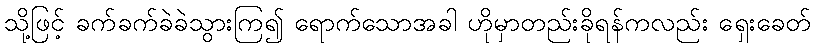
သို့ဖြင့် ခက်ခက်ခဲခဲသွားကြ၍ ရောက်သောအခါ ဟိုမှာတည်းခိုရန်ကလည်း ရှေးခေတ်